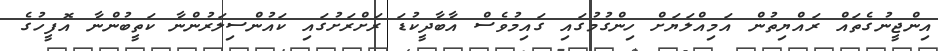
އިންޖީނުގެތައް ރައްޔިތުން އަމިއްލަޔަށް ހިންގުމުގައި ގައިމުވެސް އާބާދީކުޑަ ރަށްރަށުގައި ކައުންސިލަރުންނާ ކަތީބުންނާ އޮފީހުގެ